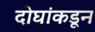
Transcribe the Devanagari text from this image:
दोघांकडून